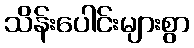
သိန်းပေါင်းများစွာ